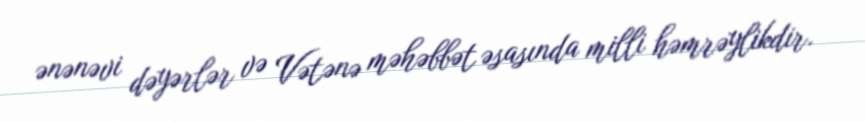
ənənəvi dəyərlər və Vətənə məhəbbət əsasında milli həmrəylikdir.